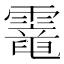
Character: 𩆇